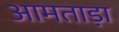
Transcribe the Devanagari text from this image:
आमताड़ा